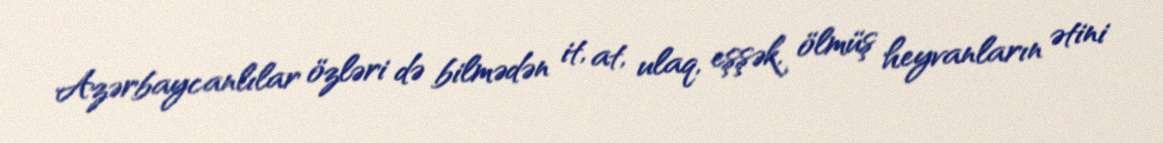
Azərbaycanlılar özləri də bilmədən it, at, ulaq, eşşək, ölmüş heyvanların ətini